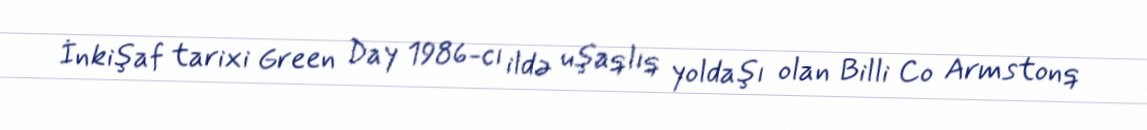
İnkişaf tarixi Green Day 1986-cı ildə uşaqlıq yoldaşı olan Billi Co Armstonq